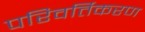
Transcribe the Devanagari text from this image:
परिवर्तिकरण